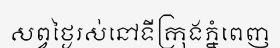
សព្វថ្ងៃរស់នៅទីក្រុងភ្នំពេញ